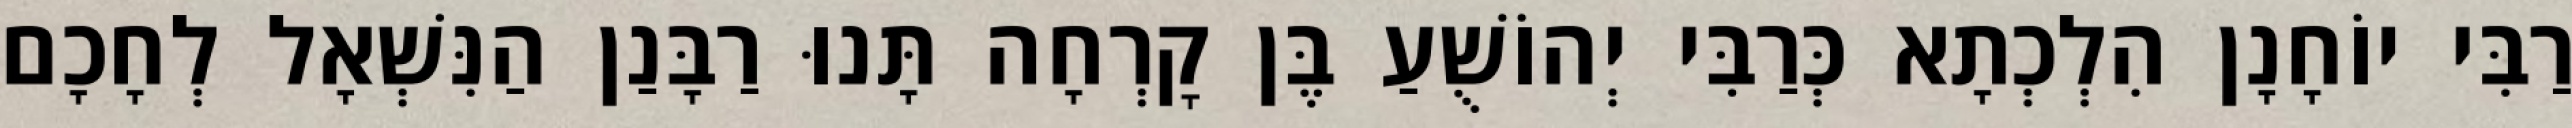
רַבִּי יוֹחָנָן הִלְכְתָא כְּרַבִּי יְהוֹשֻׁעַ בֶּן קׇרְחָה תָּנוּ רַבָּנַן הַנִּשְׁאָל לְחָכָם